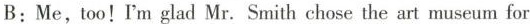
B:Me,too! I'm glad Mr.Smith chose the art museum for